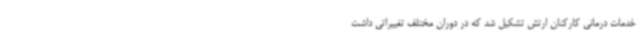
خدمات درمانی کارکنان ارتش تشکیل شد که در دوران مختلف تغییراتی داشت